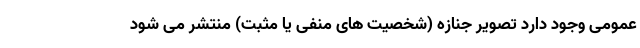
عمومی وجود دارد تصویر جنازه (شخصیت های منفی یا مثبت) منتشر می شود